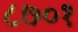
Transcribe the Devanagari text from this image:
८७०१